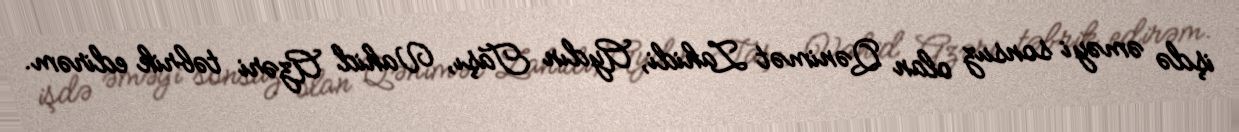
işdə əməyi sonsuz olan Qənimət Zahidi, Aydın Taşı, Vahid Azəri təbrik edirəm.